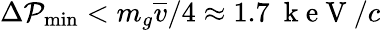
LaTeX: \Delta\mathcal{P}_{\mathrm{{min}}}<m_{g}\overline{{{v}}}/4\approx1.7~\mathrm{{~k~e~V~}}/c